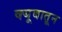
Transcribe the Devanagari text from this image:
क्यूबातून